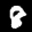
Label: 8